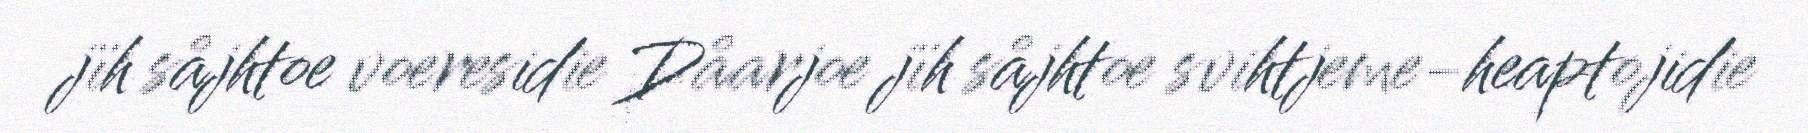
jïh såjhtoe voeresidie Dåarjoe jïh såjhtoe svihtjeme-heaptojidie